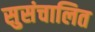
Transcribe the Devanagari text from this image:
सुसंचालित